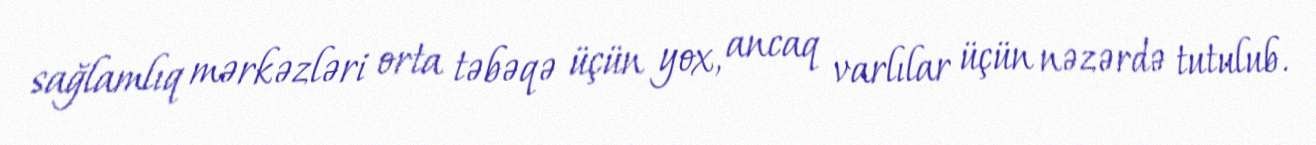
sağlamlıq mərkəzləri orta təbəqə üçün yox, ancaq varlılar üçün nəzərdə tutulub.